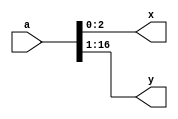
module bit_extract(
	input [16:0]a,
	output [2:0]x,
	output [15:0]y
);
	
	assign x = a[2:0];
	assign y = a[16:1];

endmodule